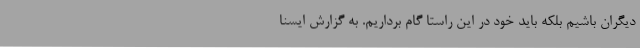
دیگران باشیم بلکه باید خود در این راستا گام برداریم. به گزارش ایسنا